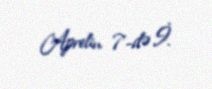
Aprelin 7-də İ.